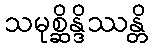
သမုစ္ဆိန္ဒိဿန္တိ